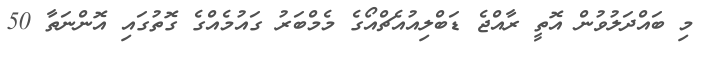
މި ބައްދަލުވުން އޮތީ ރާއްޖެ ޑަބްލިއުއެޗްއޯގެ މެމްބަރު ގައުމެއްގެ ގޮތުގައި އޮންނަތާ 50